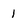
Character: 1